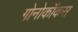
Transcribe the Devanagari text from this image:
गोनोकॉकस